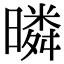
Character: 暽